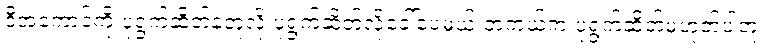
ဒီအကောင်ကို ပုရွက်ဆိတ်နဲ့တူလို့ ပုရွက်ဆိတ်လို့ခေါ်ပေမယ့် တကယ်က ပုရွက်ဆိတ်မဟုတ်ပါဘူး။